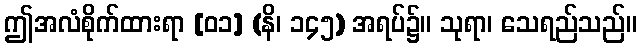
ဤအလံစိုက်ထားရာ [၀၁] (နိ၊ ၁၄၅) အရပ်၌။ သုရာ၊ သေရည်သည်။